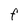
Character: F